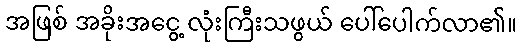
အဖြစ် အခိုးအငွေ့ လုံးကြီးသဖွယ် ပေါ်ပေါက်လာ၏။